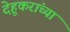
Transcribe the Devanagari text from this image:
देहूकरांच्या